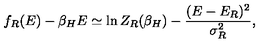
f _ { R } ( E ) - \beta _ { H } E \simeq \ln Z _ { R } ( \beta _ { H } ) - { \frac { ( E - E _ { R } ) ^ { 2 } } { \sigma _ { R } ^ { 2 } } } ,